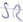
Text: SR